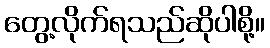
တွေ့လိုက်ရသည်ဆိုပါစို့။